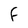
Character: F